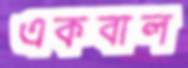
একবাল